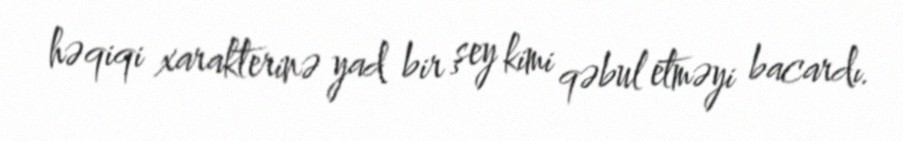
həqiqi xarakterinə yad bir şey kimi qəbul etməyi bacardı.